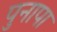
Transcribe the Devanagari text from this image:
पुनापा